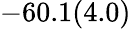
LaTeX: -60.1(4.0)